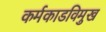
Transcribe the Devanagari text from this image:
कर्मकाडविमुख